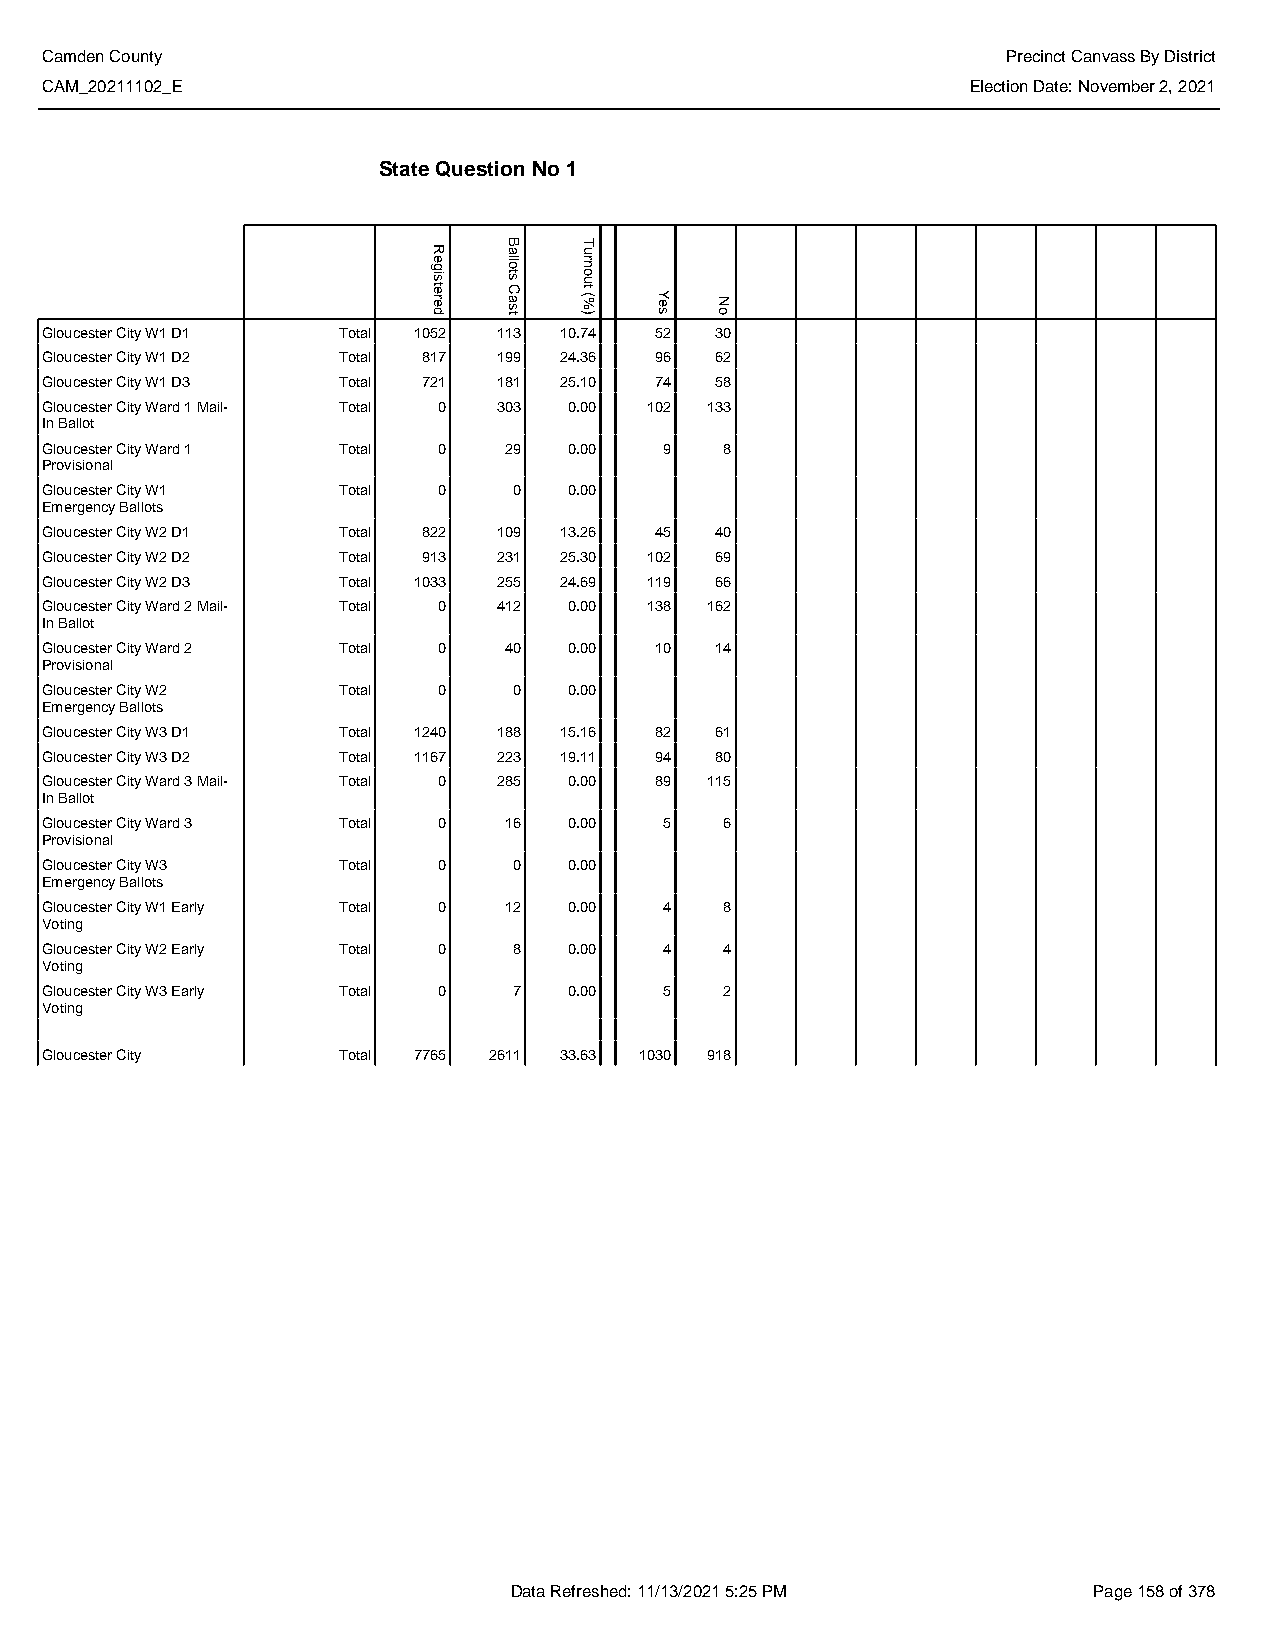
Camden County                                                   Precinct Canvass By District
 CAM_20211102_E                                               Election Date: November 2, 2021
 State Question No 1
 Gloucester City W1 D1 Total 1052 113 10.74 52 30
 Gloucester City W1 D2 Total 817 199 24.36 96 62
 Gloucester City W1 D3 Total 721 181 25.10 74 58
 Gloucester City Ward 1 Mail- Total 0 303 0.00 102 133
 In Ballot
 Gloucester City Ward 1 Total 0 29  0.00  9   8
 Provisional
 Gloucester City W1 Total  0    0   0.00
 Emergency Ballots
 Gloucester City W2 D1 Total 822 109 13.26 45 40
 Gloucester City W2 D2 Total 913 231 25.30 102 69
 Gloucester City W2 D3 Total 1033 255 24.69 119 66
 Gloucester City Ward 2 Mail- Total 0 412 0.00 138 162
 In Ballot
 Gloucester City Ward 2 Total 0 40  0.00 10  14
 Provisional
 Gloucester City W2 Total  0    0   0.00
 Emergency Ballots
 Gloucester City W3 D1 Total 1240 188 15.16 82 61
 Gloucester City W3 D2 Total 1167 223 19.11 94 80
 Gloucester City Ward 3 Mail- Total 0 285 0.00 89 115
 In Ballot
 Gloucester City Ward 3 Total 0 16  0.00  5   6
 Provisional
 Gloucester City W3 Total  0    0   0.00
 Emergency Ballots
 Gloucester City W1 Early Total 0 12 0.00 4   8
 Voting
 Gloucester City W2 Early Total 0 8 0.00  4   4
 Voting
 Gloucester City W3 Early Total 0 7 0.00  5   2
 Voting
 Gloucester City    Total 7765 2611 33.63 1030 918
 Data Refreshed: 11/13/2021 5:25 PM    Page 158 of 378
 Registered
 Ballots
 Cast
 Turnout
 (%)  Yes No